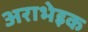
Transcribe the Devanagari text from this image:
अराभेइक